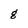
Character: g